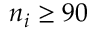
n _ { i } \geq 9 0